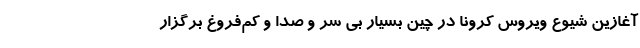
آغازین شیوع ویروس کرونا در چین بسیار بی سر و صدا و کم‌فروغ برگزار